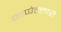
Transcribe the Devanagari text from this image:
काप्पेल्लारी